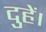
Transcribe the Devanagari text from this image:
दुहें।